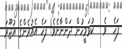
ފަހެ  ވެ   ކުޅަމީހުން ދަންނާށެވެ! ފަހެ އެއުރެންގެ އުޖޫރަ